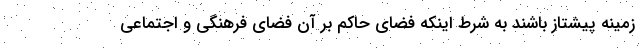
زمینه پیشتاز باشند به شرط اینکه فضای حاکم بر آن فضای فرهنگی و اجتماعی